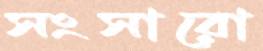
সংসারো